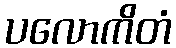
ပလောကိတံ